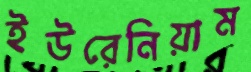
ইউরেনিয়াম